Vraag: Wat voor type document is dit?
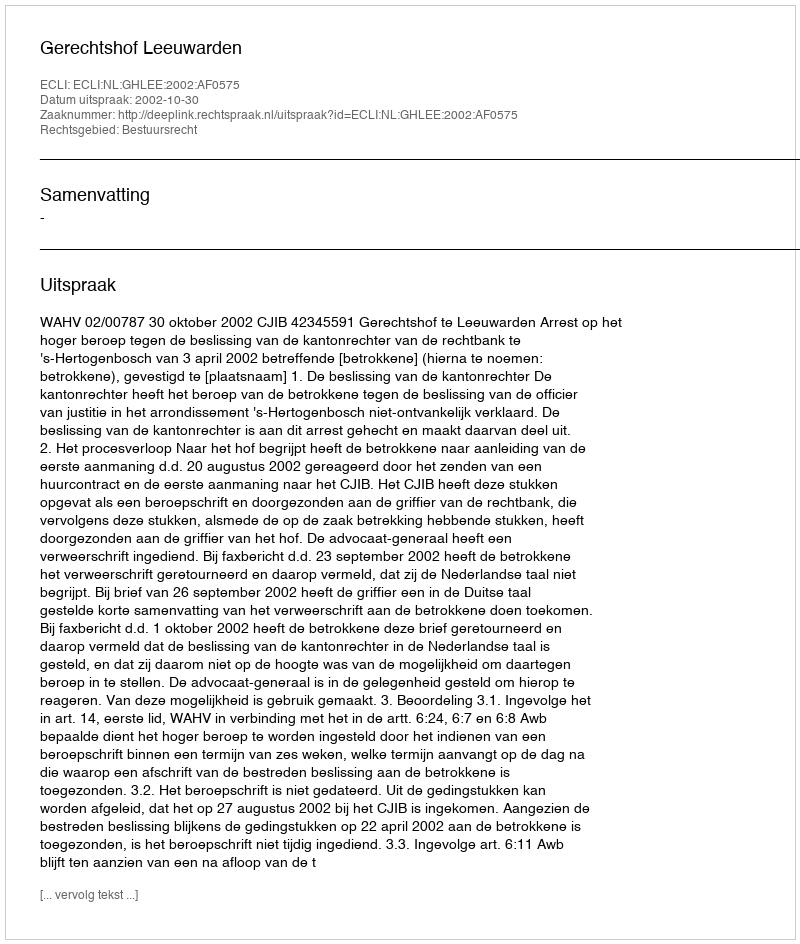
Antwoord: Uitspraak